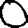
Digit: 0